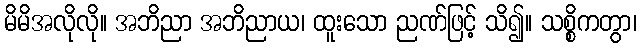
မိမိအလိုလို။ အဘိညာ အဘိညာယ၊ ထူးသော ညဏ်ဖြင့် သိ၍။ သစ္စိကတွာ၊